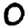
Digit: 0